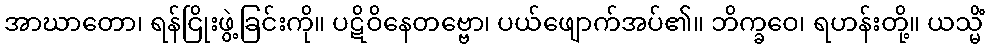
အာဃာတော၊ ရန်ငြိုးဖွဲ့ခြင်းကို။ ပဋိဝိနေတဗ္ဗော၊ ပယ်ဖျောက်အပ်၏။ ဘိက္ခဝေ၊ ရဟန်းတို့။ ယသ္မိံ